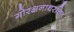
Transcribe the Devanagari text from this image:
गोरक्षनाथरचित